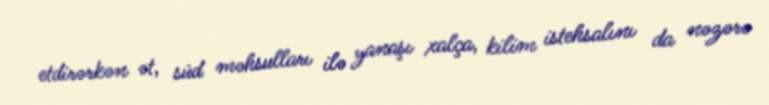
etdirərkən ət, süd məhsulları ilə yanaşı xalça, kilim istehsalını da nəzərə